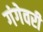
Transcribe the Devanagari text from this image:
गंगेवरी